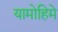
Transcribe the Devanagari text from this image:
यामोहिमे